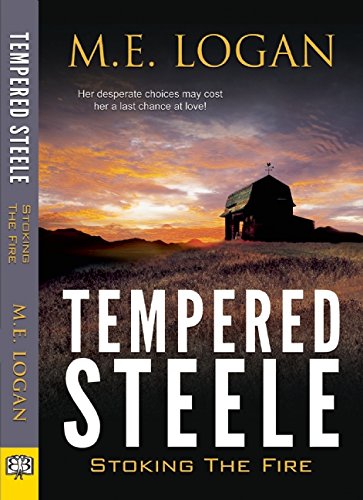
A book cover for Tempered Steele; M.E. Logan; Romance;